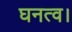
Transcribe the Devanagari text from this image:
घनत्व।